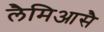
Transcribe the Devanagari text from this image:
लैमिआसै